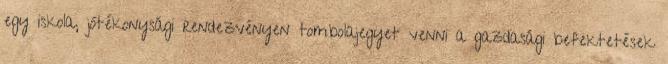
egy iskola, jótékonysági rendezvényen tombolajegyet venni a gazdasági befektetések